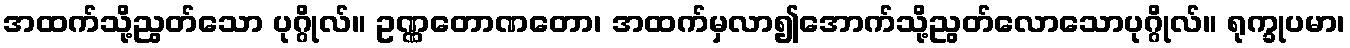
အထက်သို့ညွတ်သော ပုဂ္ဂိုလ်။ ဥဏ္ဏတောဏတော၊ အထက်မှလာ၍အောက်သို့ညွတ်လောသောပုဂ္ဂိုလ်။ ရုက္ခုပမာ၊